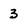
Character: 3